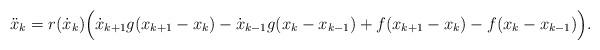
LaTeX: \begin{align*}\ddot{x}_k=r(\dot{x}_k)\Big(\dot{x}_{k+1}g(x_{k+1}-x_k)-\dot{x}_{k-1}g(x_k-x_{k-1})+f(x_{k+1}-x_k)-f(x_k-x_{k-1})\Big).\end{align*}